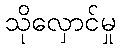
သိုလှောင်မှု